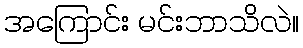
အကြောင်း မင်းဘာသိလဲ။